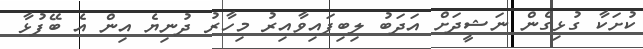
ކުށަކާ ގުޅިގެން ނަޝީދަށް އަދަބު ލިބިފައިވާއިރު މިހާރު ދުނިޔެ އިން އެ ބޭފުޅާ